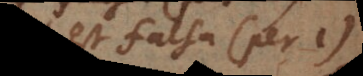
est falsa (per 1).